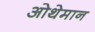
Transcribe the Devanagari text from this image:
ओथेमान